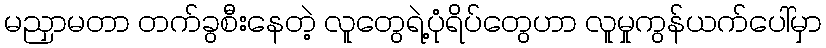
မညှာမတာ တက်ခွစီးနေတဲ့ လူတွေရဲ့ပုံရိပ်တွေဟာ လူမှုကွန်ယက်ပေါ်မှာ